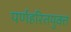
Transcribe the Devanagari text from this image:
पर्णहरितयुक्त